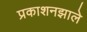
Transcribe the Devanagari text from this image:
प्रकाशनझाले